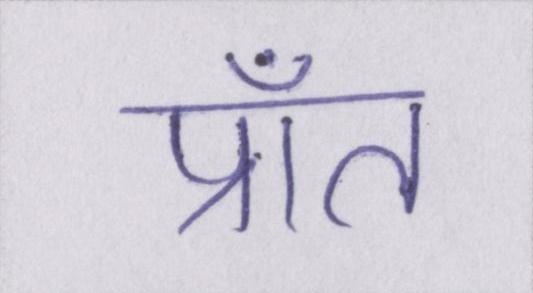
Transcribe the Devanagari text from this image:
प्राँत